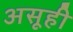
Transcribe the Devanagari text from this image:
असूही